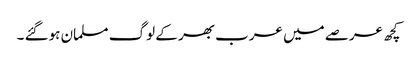
کچھ عرصے میں عرب بھر کے لوگ مسلمان ہوگئے ۔